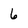
Character: 6